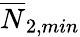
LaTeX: \overline{{N}}_{2,min}